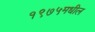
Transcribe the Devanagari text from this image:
१९७५मधील